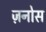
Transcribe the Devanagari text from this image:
ज़नोस